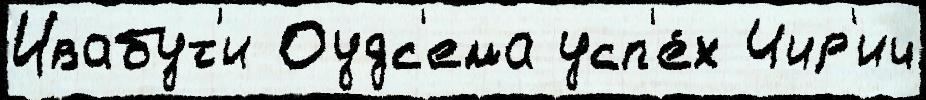
Ивабут'и Оудс'ема усп'е́х Чир'ич